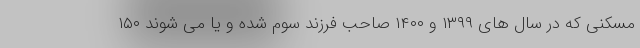
مسکنی که در سال های ۱۳۹۹ و ۱۴۰۰ صاحب فرزند سوم شده و یا می شوند ۱۵۰